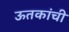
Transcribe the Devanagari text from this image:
ऊतकांची